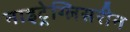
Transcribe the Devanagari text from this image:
नाइट्रेग्लिसरीन